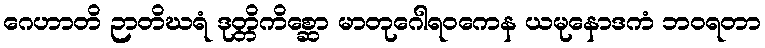
ဂေဟာတိ ဉာတိဃရံ ဒုတ္တိကိစ္ဆော မာတုဂေါရဝကေန ယမုနောဒကံ ဘဝရတာ